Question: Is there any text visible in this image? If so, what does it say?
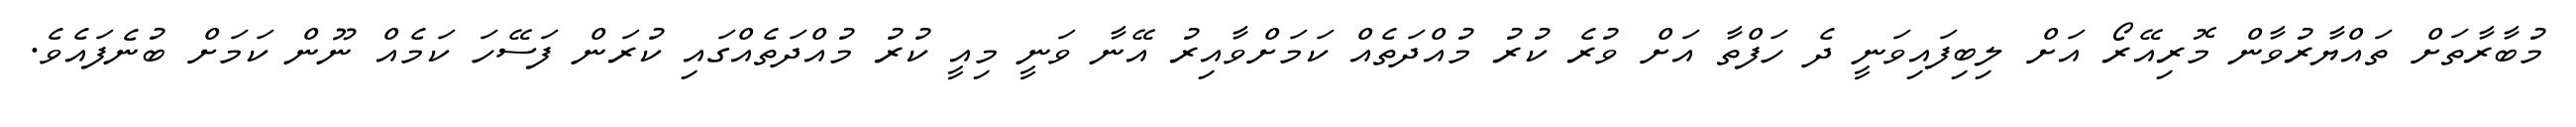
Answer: މުބާރާތަށް ތައްޔާރުވާން މޮރިއޭރޯ އަށް ލިބިފައިވަނީ ދެ ހަފްތާ އަށް ވުރެ ކުރު މުއްދަތެއް ކަމަށްވާއިރު އޭނާ ވަނީ މިއީ ކުރު މުއްދަތެއްގައި ކުރަން ފަސޭހަ ކަމެއް ނޫން ކަމަށް ބުނެފައެވެ.